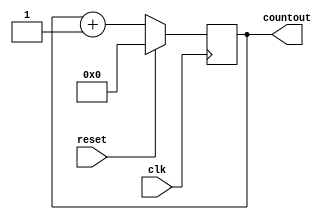
module load_in_counter(countout,clk,reset);
   output [31:0] countout;
   input         clk,reset;
   reg [31:0]    countout;
   
   always @ (posedge clk)
     if (reset)
       countout <= 0;
     else
       countout <= countout + 1;
endmodule